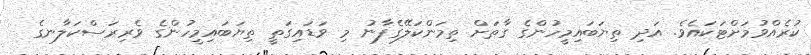
ކުރެއްވުމަށްޓަކައެވެ. އަދި ތިޔަބައިމީހުންގެ ގާތަށް ތިމަންކަލޭގެފާނު މި ވަޑައިގަތީ ތިޔަބައިމީހުންގެ ވެރިރަސްކަލާނގެ